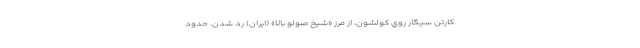
كارتن سيگار روي كولشون، از مرز «شيخ صولو بالا» (ايران) رد شدن. حدود